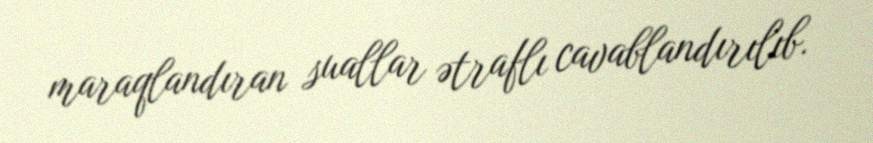
maraqlandıran suallar ətraflı cavablandırılıb.